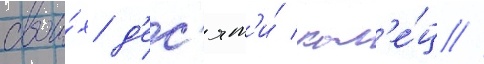
свои́х д'ес'ят'и́ кол'е́ц //